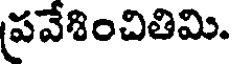
ప్రవేశించితిమి.